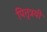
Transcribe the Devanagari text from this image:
पितृत्रयी